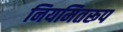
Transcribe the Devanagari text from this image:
नियमितरूप